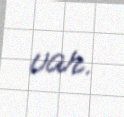
var.